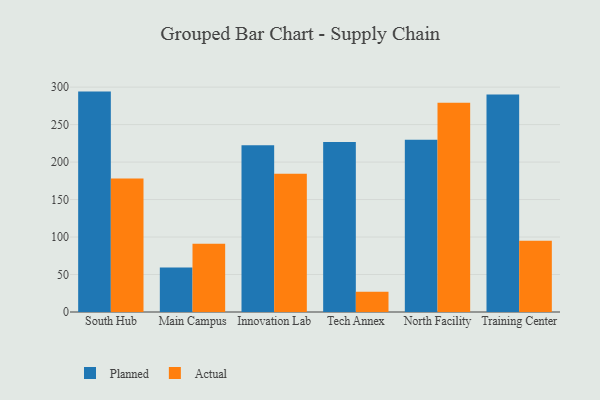
{"axis": {"x": "Campus", "y": "Production Output"}, "legend": ["Actual", "Planned"], "data": [{"x": "South Hub", "y": 294.0, "type": "Planned"}, {"x": "South Hub", "y": 178.2, "type": "Actual"}, {"x": "Main Campus", "y": 59.5, "type": "Planned"}, {"x": "Main Campus", "y": 91.2, "type": "Actual"}, {"x": "Innovation Lab", "y": 222.5, "type": "Planned"}, {"x": "Innovation Lab", "y": 184.3, "type": "Actual"}, {"x": "Tech Annex", "y": 226.7, "type": "Planned"}, {"x": "Tech Annex", "y": 26.9, "type": "Actual"}, {"x": "North Facility", "y": 229.9, "type": "Planned"}, {"x": "North Facility", "y": 279.0, "type": "Actual"}, {"x": "Training Center", "y": 290.2, "type": "Planned"}, {"x": "Training Center", "y": 95.0, "type": "Actual"}]}